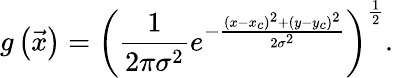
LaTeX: g\left(\vec{x}\right)=\left(\frac{1}{2\pi\sigma^{2}}e^{-\frac{\left(x-x_{c}\right)^{2}+\left(y-y_{c}\right)^{2}}{2\sigma^{2}}}\right)^{\frac{1}{2}}.